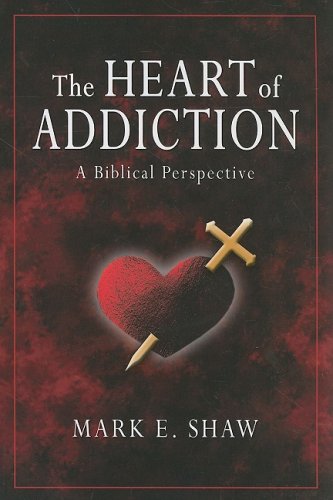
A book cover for The Heart of Addiction: A Biblical Perspective; Mark E. Shaw; Christian Books & Bibles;